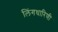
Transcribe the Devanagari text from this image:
लिंगधारिणी